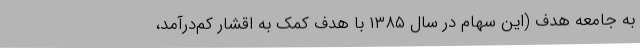
به جامعه هدف (این سهام در سال ۱۳۸۵ با هدف کمک به اقشار کم‌درآمد،